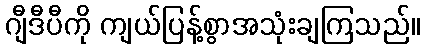
ဂျီဒီပီကို ကျယ်ပြန့်စွာအသုံးချကြသည်။